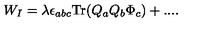
W _ { I } = \lambda \epsilon _ { a b c } { \mathrm { T r } } ( Q _ { a } Q _ { b } \Phi _ { c } ) + . . . .